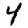
Digit: 4